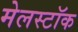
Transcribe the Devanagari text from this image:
मेलस्टॉक